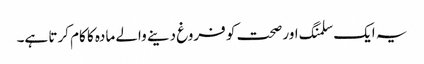
یہ ایک سلمنگ اور صحت کو فروغ دینے والے مادہ کا کام کرتا ہے۔